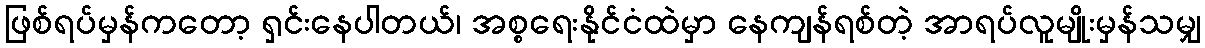
ဖြစ်ရပ်မှန်ကတော့ ရှင်းနေပါတယ်၊ အစ္စရေးနိုင်ငံထဲမှာ နေကျန်ရစ်တဲ့ အာရပ်လူမျိုးမှန်သမျှ